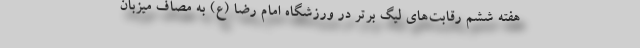
هفته ششم رقابت‌های لیگ برتر در ورزشگاه امام رضا (ع) به مصاف میزبان